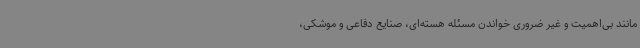
مانند بی‌اهمیت و غیر ضروری خواندن مسئله هسته‌ای، صنایع دفاعی و موشکی،